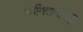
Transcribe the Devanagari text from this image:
व्यक्तिनामही